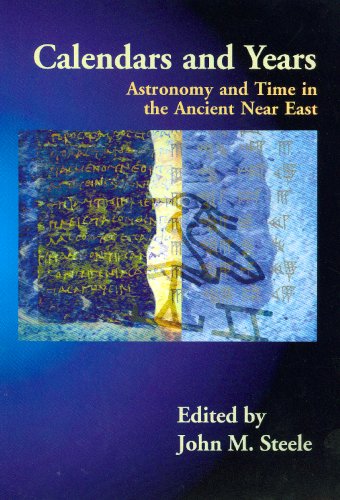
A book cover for Calendars and Years: Astronomy and Time in the Ancient Near East; John M. Steele; Science & Math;